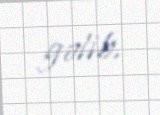
gəlib.